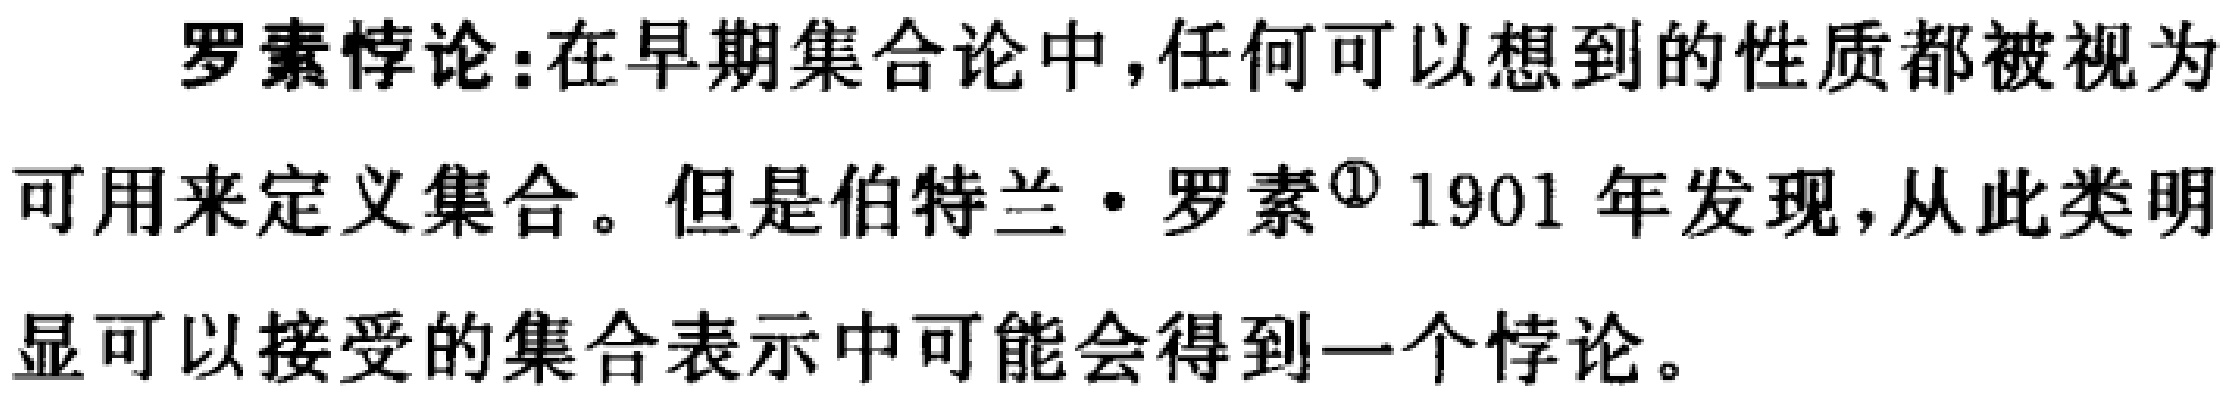
罗素悖论：在早期集合论中，任何可以想到的性质都被视为可用来定义集合。但是伯特兰·罗素\textsuperscript{\textcircled{1}} 1901 年发现，从此类明显可以接受的集合表示中可能会得到一个悖论。